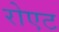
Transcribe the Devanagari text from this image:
रोएट